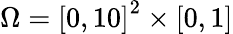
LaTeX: \Omega=\left[0,10\right]^{2}\times[0,1]